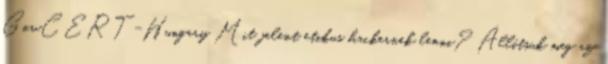
GovCERT-Hungary Mit jelent etikus hackernek lenni? Állítsuk meg az